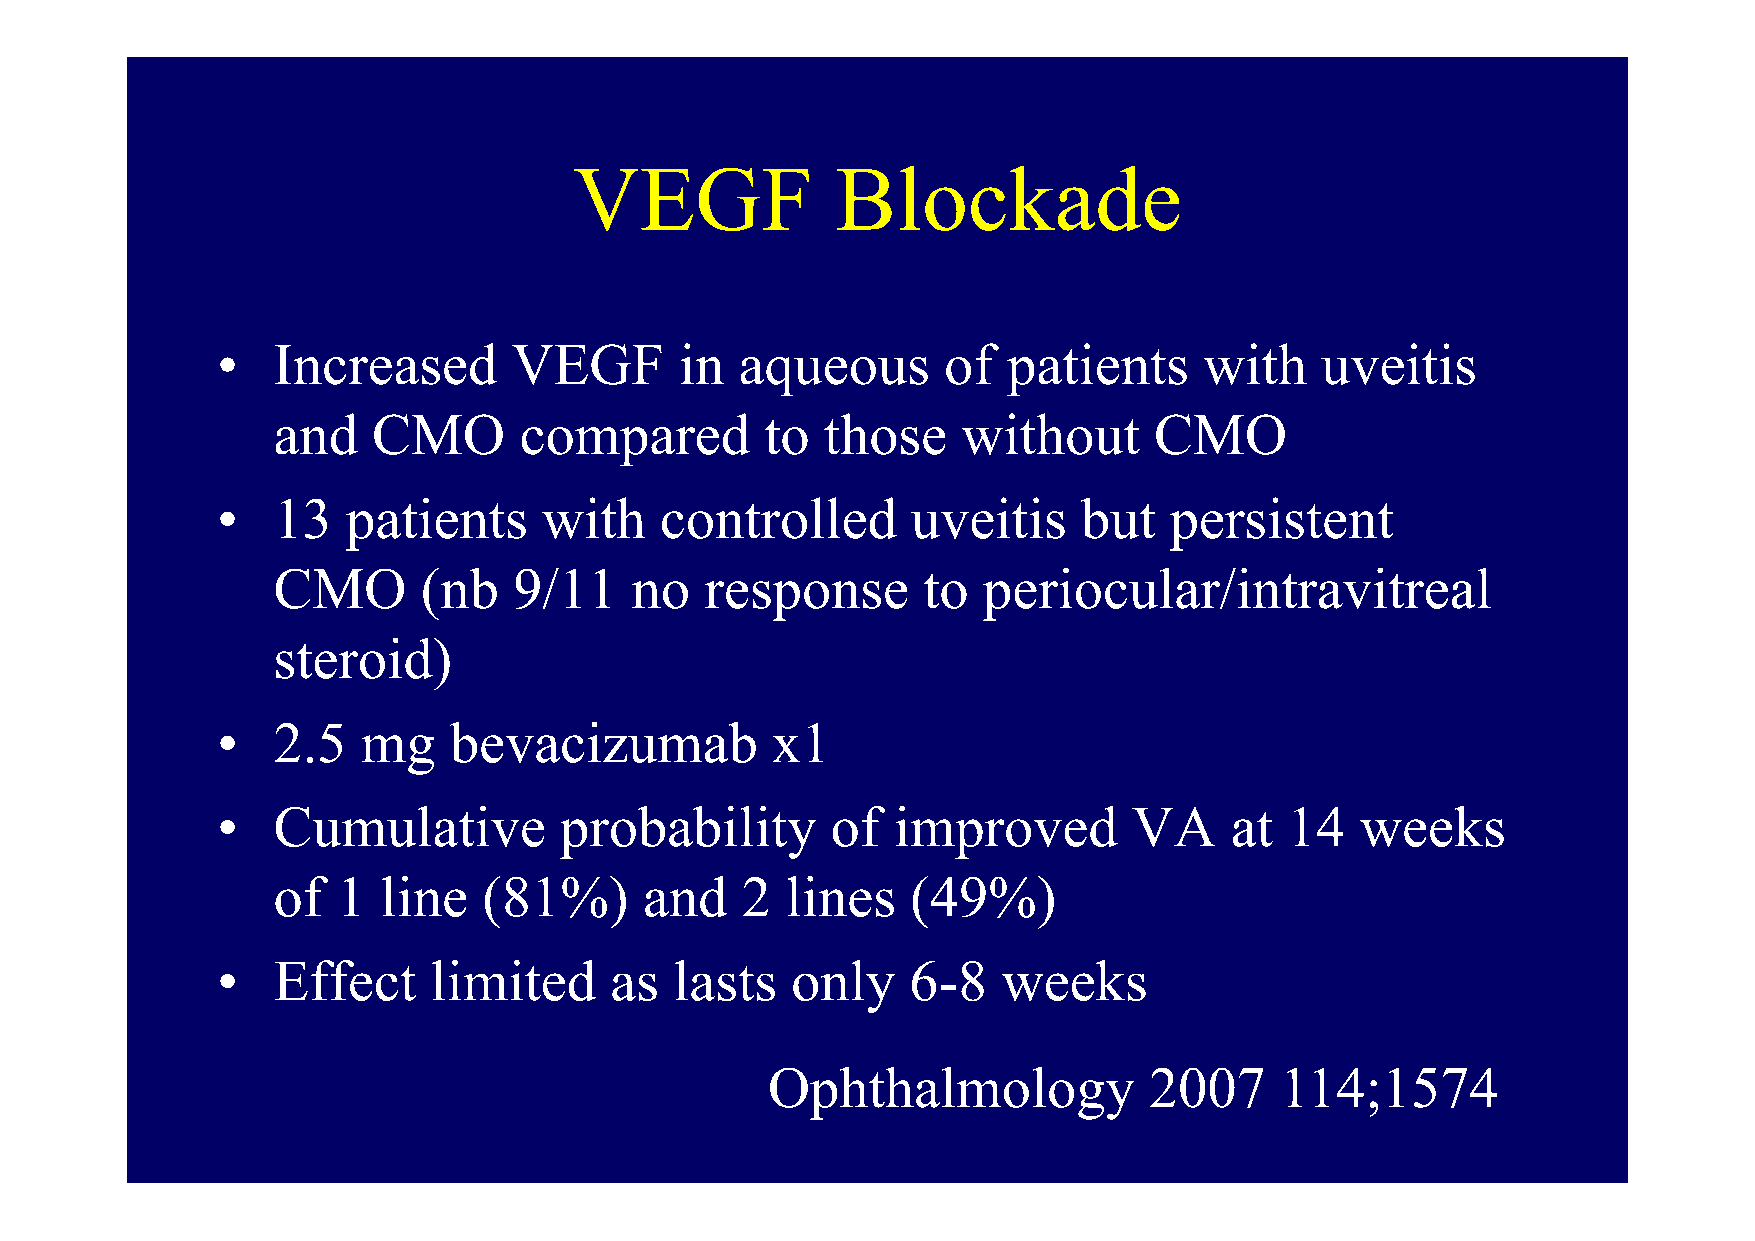
VVEEGGFF         BBlloocckkaaddee
 •   Increased       VEGF       in  aqueous      of   patients     with   uveitis
 and    CMO      compared         to  those    without     CMO
 •   13   patients     with    controlled      uveitis     but  persistent
 CMO       ((nb  9/11    no   respponse     to  pperiocular/intravitreal
 steroid)
 •   22..55 mmgg bbeevvaacciizzuummaabb xx11
 •   Cumulative         probability       of  improved        VA    at  14   weeks
 ooff 11 lliinnee ((8811%%)) aanndd 22 lliinneess ((4499%%))
 •   Effect    limited     as   lasts  only    6-8   weeks
 Ophthalmology            2007     114;1574